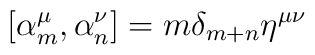
\left[ {\alpha}_m^{\mu}, {\alpha}_n^{\nu} \right] = m{\delta}_{m+n} {\eta}^{ \mu \nu}